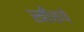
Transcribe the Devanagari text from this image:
स्त्रीरुपे